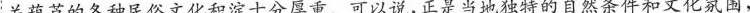
关葫芦的各种民俗文化积淀十分厚重。可以说，正是当地独特的自然条件和文化氛围，